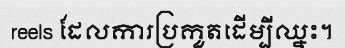
reels ដែលការប្រកួតដើម្បីឈ្នះ។